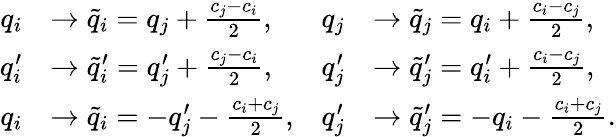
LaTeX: \begin{array}{rlrl}{q_{i}}&{\to\tilde{q}_{i}=q_{j}+\frac{c_{j}-c_{i}}{2},}&{q_{j}}&{\to\tilde{q}_{j}=q_{i}+\frac{c_{i}-c_{j}}{2},}\\ {q_{i}^{\prime}}&{\to\tilde{q}_{i}^{\prime}=q_{j}^{\prime}+\frac{c_{j}-c_{i}}{2},}&{q_{j}^{\prime}}&{\to\tilde{q}_{j}^{\prime}=q_{i}^{\prime}+\frac{c_{i}-c_{j}}{2},}\\ {q_{i}}&{\to\tilde{q}_{i}=-q_{j}^{\prime}-\frac{c_{i}+c_{j}}{2},}&{q_{j}^{\prime}}&{\to\tilde{q}_{j}^{\prime}=-q_{i}-\frac{c_{i}+c_{j}}{2}.}\end{array}